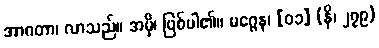
အာဂတာ၊ လာသည်။ အမှိ၊ ဖြစ်ပါ၏။ မဂ္ဂေန၊ [၀၁] (နိ၊ ၂၇၉)